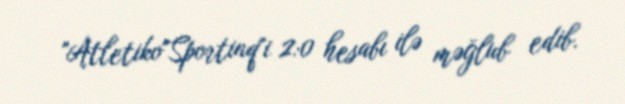
"Atletiko"Sportinq"i 2:0 hesabı ilə məğlub edib.